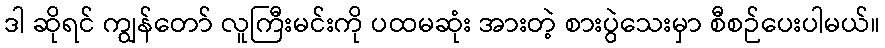
ဒါ ဆိုရင် ကျွန်တော် လူကြီးမင်းကို ပထမဆုံး အားတဲ့ စားပွဲသေးမှာ စီစဉ်ပေးပါမယ်။